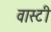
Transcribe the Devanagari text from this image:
वास्टी